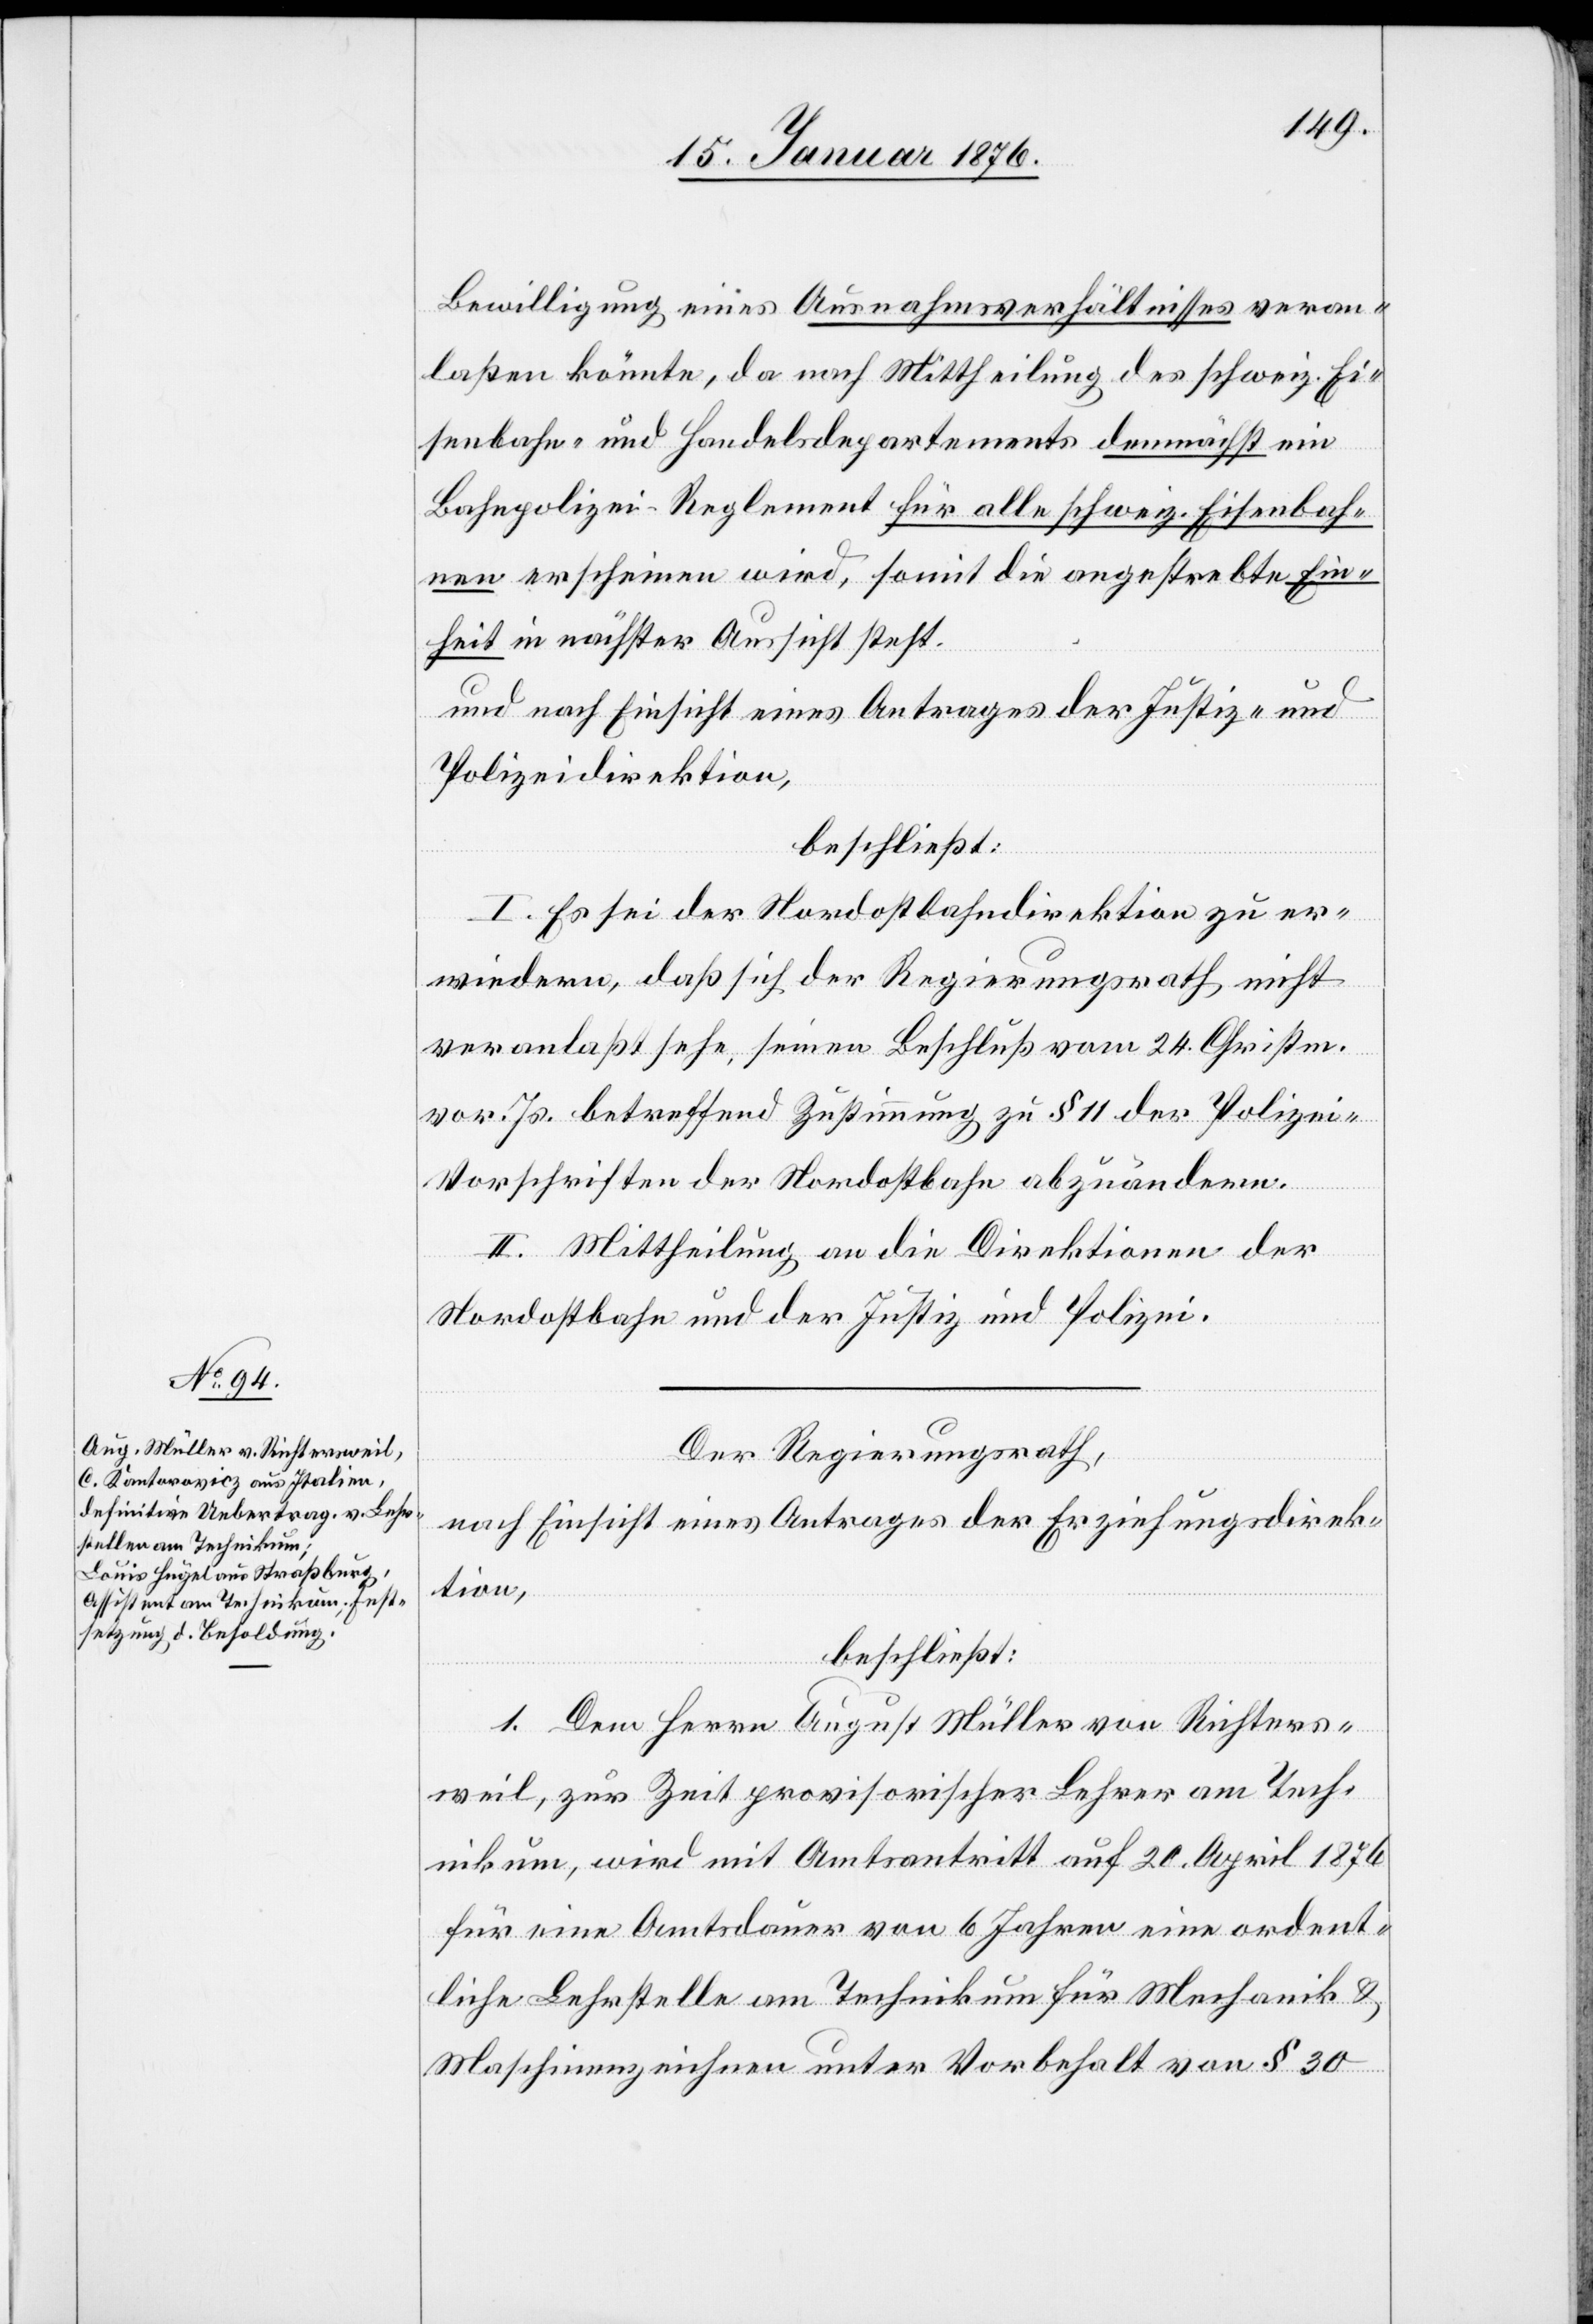
Bewilligung eines Ausnahmsverhältnisses veran¬
laßen könnte, da nach Mittheilung des schweiz. Ei¬
senbahn- und Handelsdepartements demnächst ein
Bahnpolizei-Reglement für alle schweiz. Eisenbah¬
nen erscheinen wird, somit die angestrebte Ein¬
heit in nächster Aussicht steht.
und nach Einsicht eines Antrages der Justiz- und
Polizeidirektion,
beschließt:
I. Es sei der Nordostbahndirektion zu er¬
wiedern, daß sich der Regierungsrath nicht
veranlaßt sehe, seinen Beschluß vom 24. Christm.
vor. Js. betreffend Zustimmung zu § 11 der Polizei-V¬
orschriften der Nordostbahn abzuändern.
II. Mittheilung an die Direktion der
Nordostbahn und der Justiz und Polizei.
Der Regierungsrath,
nach Einsicht eines Antrages der Erziehungsdirek¬
tion,
beschließt:
1. Dem Herrn August Müller von Richters¬
weil, zur Zeit provisorischer Lehrer am Tech¬
nikum, wird mit Amtsantritt auf 20. April 1876
für eine Amtsdauer von 6 Jahren eine ordent¬
liche Lehrstelle am Technikum für Mechanik u.
Maschinenzeichnen unter Vorbehalt von § 30